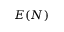
E ( N )